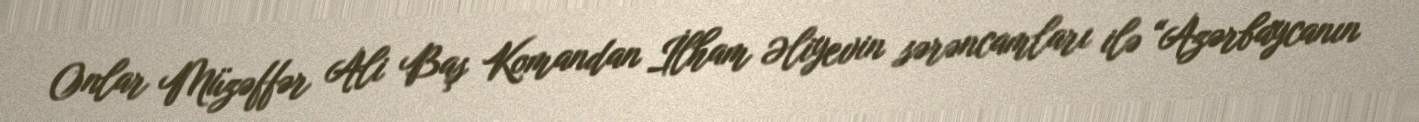
Onlar Müzəffər Ali Baş Komandan İlham Əliyevin sərəncamları ilə “Azərbaycanın